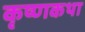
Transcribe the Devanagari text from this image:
कृष्णकथा